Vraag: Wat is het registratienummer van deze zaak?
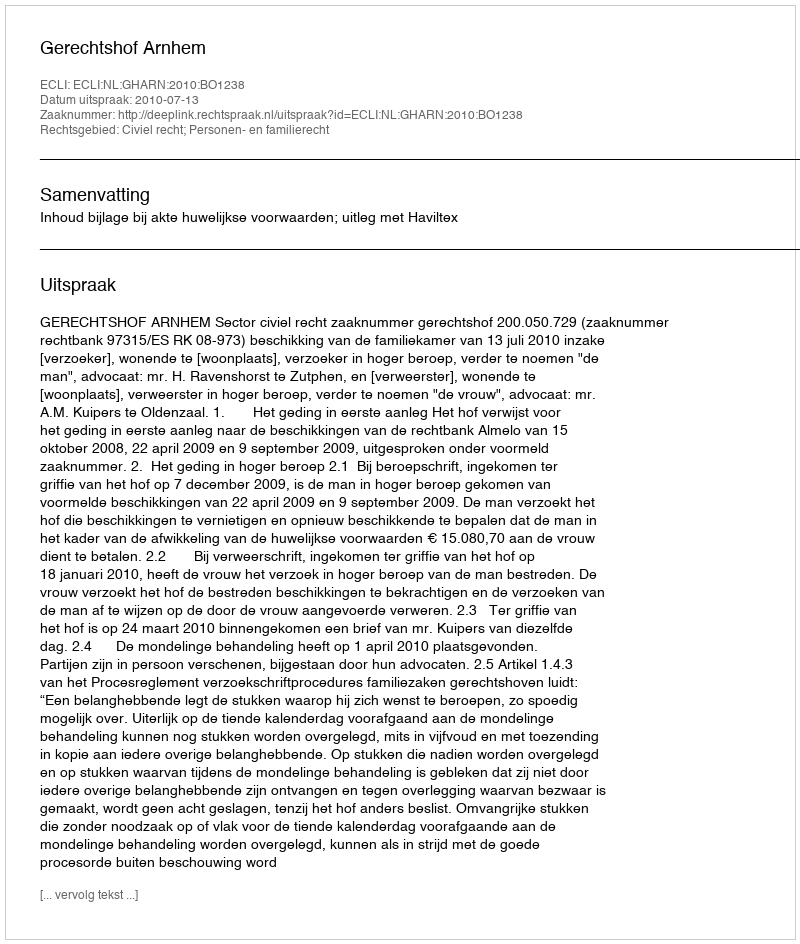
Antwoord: http://deeplink.rechtspraak.nl/uitspraak?id=ECLI:NL:GHARN:2010:BO1238